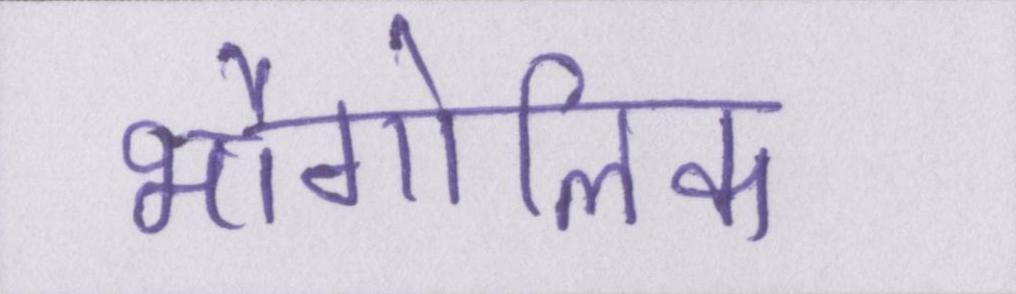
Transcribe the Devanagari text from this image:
भौगोलिक